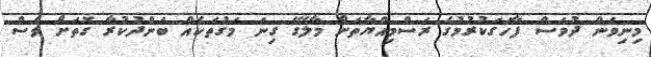
މިނިވަން ދުވަސް ފާހަގަކުރުމުގެ ރަސްމިއްޔާތަށް މާލޭގެ ގިނަ މަގުތަކެއް ބަންދުކުރާ ގޮތަށް ވެސް